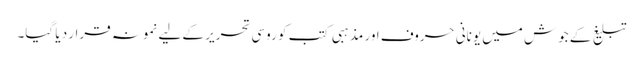
تبلیغ کے جوش میں یونانی حروف اور مذہبی کتب کو روسی تحریر کے لیے نمونہ قرار د یا گیا۔